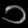
Digit: ၁